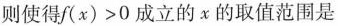
则使得$$f ( x ) > 0$$成立的x的取值范围是